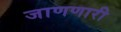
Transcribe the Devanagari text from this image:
जाणणारी